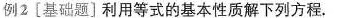
例2[基础题〕利用等式的基本性质解下列方程.